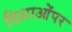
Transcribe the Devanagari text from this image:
दिशाओंपर